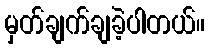
မှတ်ချက်ချခဲ့ပါတယ်။